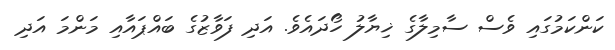
ކަންކަމުގައި ވެސް ސާމިލާގެ ޚިޔާލު ހޯދައެވެ. އަދި ފަވާޒުގެ ބައްޕައާއި މަންމަ އަދި